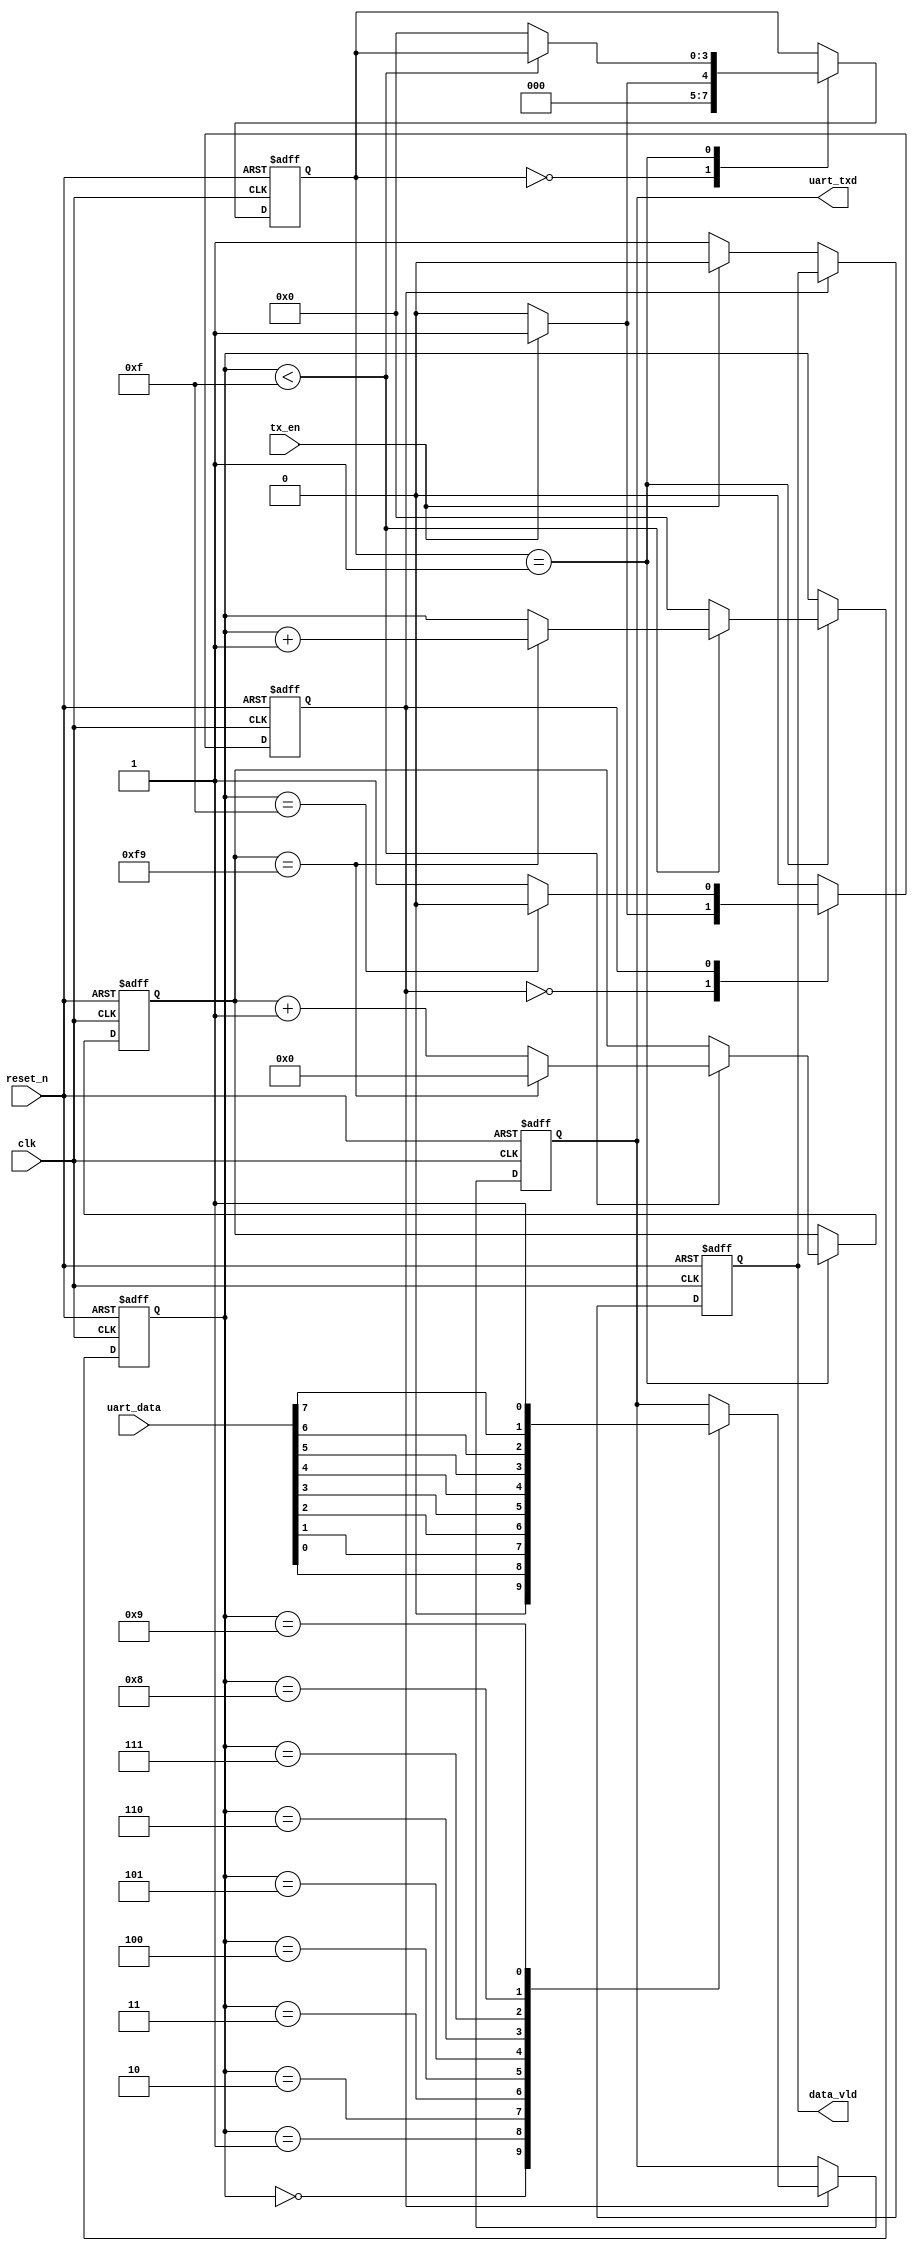
module uart_tx(
    
input	wire		clk,				//24Mhz		
input	wire		reset_n,			//
output	reg		    uart_txd,			//
input	wire  [7:0]	uart_data,			//	
input	wire		tx_en,				//
output	reg  		data_vld			// 		1:free   0:busy

 );

parameter  				    clk_num=128000000;		//24MHZ
parameter				    bps=512000;			//
parameter	   				clk_max=clk_num/bps-1;
	
reg				[3:0]     	state_a;
reg				[3:0]     	state_b;
reg				[29:0]		clk_cnt;
reg							tx_state;


always@(posedge clk or negedge reset_n)
begin
	if(!reset_n)
    begin
    	state_a<=4'd0;
        state_b<=4'd0;
        clk_cnt<=30'd0;
    end
    else
    begin
    	case(state_a)
        4'd0:begin
        	if(tx_en)
            begin
            	state_a<=4'd1;
            end
            else
            begin	
            	state_a<=4'd0;
            end
        end
        4'd1:begin
        	if(state_b<4'hf)
            begin
            	if(clk_cnt==clk_max)
                begin
                	state_b<=state_b+1'b1;
                    clk_cnt<=30'd0;
                end
                else
                begin
                	clk_cnt<=clk_cnt+1'b1;
                end
            end
            else
            begin
            	state_b<=4'd0;
                state_a<=4'd0;
            end
            end
        endcase
    end
end
        	
always@(posedge clk or negedge reset_n)
begin
	if(!reset_n)
    begin	
    	data_vld<=1'b1;
        tx_state<=1'b0;
        uart_txd<=1'bz;
    end
    else
    begin
    case(tx_state)
    1'b0:begin
    	data_vld<=1'b1;
    	if(tx_en)
        begin
        	tx_state<=1'b1;
            data_vld<=1'b0;
        end
        else
        begin
        	tx_state<=1'b0;
        end
    end
    1'b1:begin
    	case(state_b)
        4'd0:begin	uart_txd<=1'b0;  end
		4'd1:begin	uart_txd<=uart_data[0]; end 
		4'd2:begin	uart_txd<=uart_data[1]; end
		4'd3:begin	uart_txd<=uart_data[2]; end
		4'd4:begin	uart_txd<=uart_data[3]; end
		4'd5:begin	uart_txd<=uart_data[4]; end
		4'd6:begin	uart_txd<=uart_data[5]; end
		4'd7:begin	uart_txd<=uart_data[6]; end
		4'd8:begin	uart_txd<=uart_data[7]; end
        4'd9:begin  uart_txd<=1'b1; end
        4'hf:begin	tx_state<=1'b0;end
        default:;
    	endcase
    end
    endcase
	end
end



endmodule